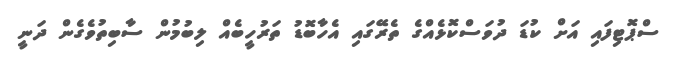
ސްޕޮޓިފައި އަށް ކުޑަ ދުވަސްކޮޅެއްގެ ތެރޭގައި އެހާބޮޑު ތަރުހީބެއް ލިބުމުން ސާބިތުވެގެން ދަނީ